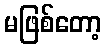
မဖြစ်တော့